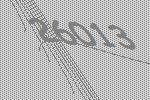
26013